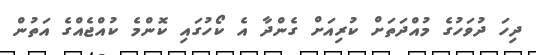
ދިހަ ދުވަހުގެ މުއްދަތަށް ކުރިއަށް ގެންދާ އެ ކޯހުގައި ކޮންމެ ކުއްޖެއްގެ އަތުން